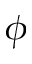
\phi